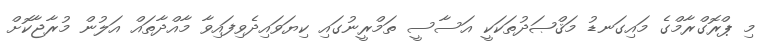
މި ޕްރޮގްރާމްގެ މައިގަނޑު މަޤްޞަދުތަކަކީ އަސާސީ ތަމްރީނުގައި ކިޔަވައިދެވިފައިވާ މާއްދާތައް އަލުން މުރާޖާކޮށް